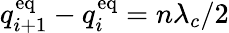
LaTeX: q_{i+1}^{\mathrm{eq}}-q_{i}^{\mathrm{eq}}=n\lambda_{c}/2